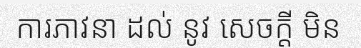
ការភាវនា ដល់ នូវ សេចក្តី មិន